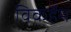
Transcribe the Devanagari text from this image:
विकहॅम